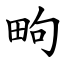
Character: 㽛